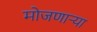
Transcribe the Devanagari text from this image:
मोजणार्‍या